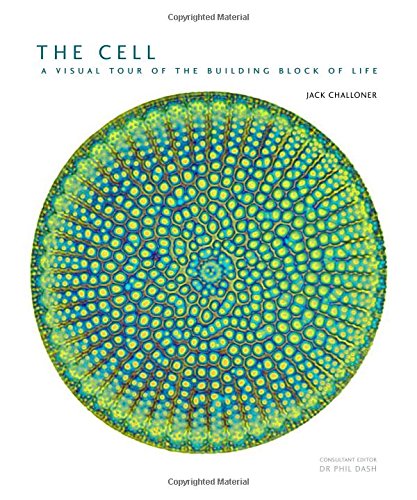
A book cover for The Cell: A Visual Tour of the Building Block of Life; Jack Challoner; Medical Books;